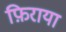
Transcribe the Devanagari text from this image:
फ़िराया